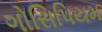
ગોસિપિયમ